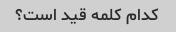
کدام کلمه قید است؟